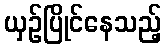
ယှဉ်ပြိုင်နေသည့်